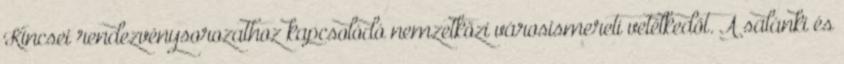
Kincsei rendezvénysorozathoz kapcsolódó nemzetközi városismereti vetélkedőt. A salánki és